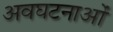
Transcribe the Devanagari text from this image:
अवघटनाओं